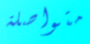
متواصلة